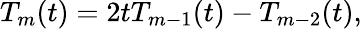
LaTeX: T_{m}(t)=2tT_{m-1}(t)-T_{m-2}(t),